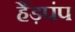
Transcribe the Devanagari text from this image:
हैंड़पंप